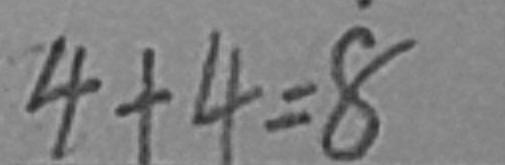
4 + 4 = 8